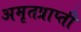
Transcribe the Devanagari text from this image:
अमृतप्राप्ती